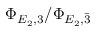
\Phi _ { E _ { 2 } , 3 } / \Phi _ { E _ { 2 } , \Bar 3 }